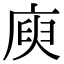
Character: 庾